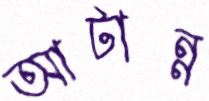
আটান্ন